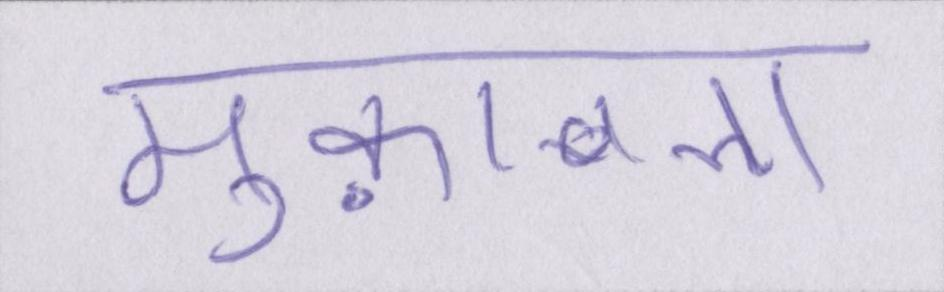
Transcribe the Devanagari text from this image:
मुक़ाबला